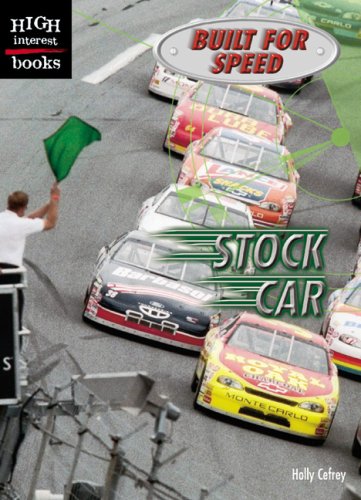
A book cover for Stock Car (High Interest Books: Built for Speed); Holly Cefrey; Teen & Young Adult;